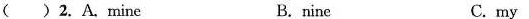
( )2.A.mine B.nine C.my